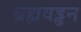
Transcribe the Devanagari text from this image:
ब्रह्मवड्ढन